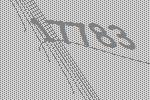
17783